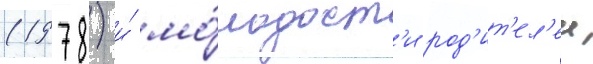
(1978) и́ мо́лодост'и род'ит'ел'еи